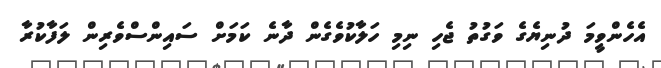
އެހެންވީމަ ދުނިޔެގެ ވަގުތު ޖެހި ނިމި ހަލާކުވެގެން ދާނެ ކަމަށް ސައިންސްވެރިން ލަފާކުރާ